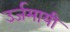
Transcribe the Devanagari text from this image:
उर्जमायी